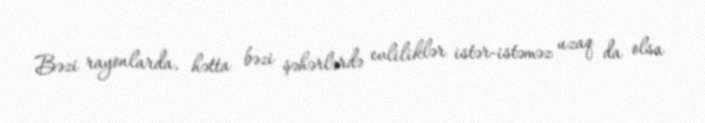
Bəzi rayonlarda, hətta bəzi şəhərlərdə evliliklər istər-istəməz uzaq da olsa